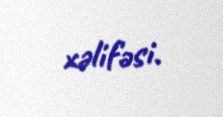
xəlifəsi.